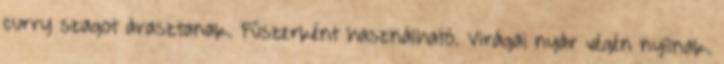
curry szagot árasztanak. Fűszerként használható. Virágai nyár végén nyílnak.